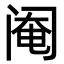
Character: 阉